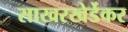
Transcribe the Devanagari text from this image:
साखरखेर्डेकर